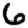
Digit: 6